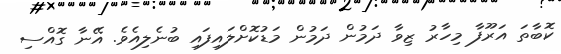
ކޮބާތަ އަރޫފާ މިހާރު ޒިވާ ދަމުން ދަމުން މަޑުކޮށްލައިފައި ބުނެލިއެވެ. އޭނާ ގޮއްސި